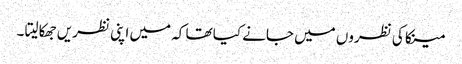
مینکا کی نظروں میں جانے کیا تھا کہ میں اپنی نظریں جھکا لیتا ۔